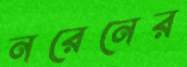
নরেনের